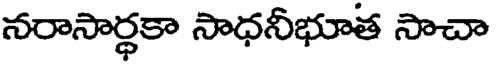
నరాసార్థకా సాధనీభూత సాచా